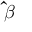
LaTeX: \mathbf { \hat { \boldsymbol { \beta } } }